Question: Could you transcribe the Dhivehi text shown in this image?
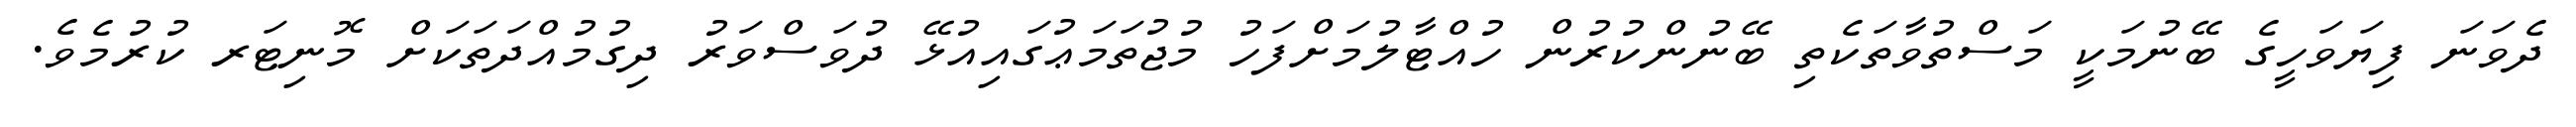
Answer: ދެވަނަ ފިޔަވަހީގެ ބޭނުމަކީ މަސްތުވާތަކެތި ބޭނުންކުރުން ހުއްޓާލުމަށްފަހު މުޖުތަމަޢުގައިއުޅޭ ދުވަސްވަރު ދިގުމުއްދަތަކަށް މޮނިޓަރ ކުރުމެވެ.